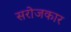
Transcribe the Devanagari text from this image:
सरोजकार